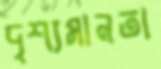
দৃশ্যমানতা